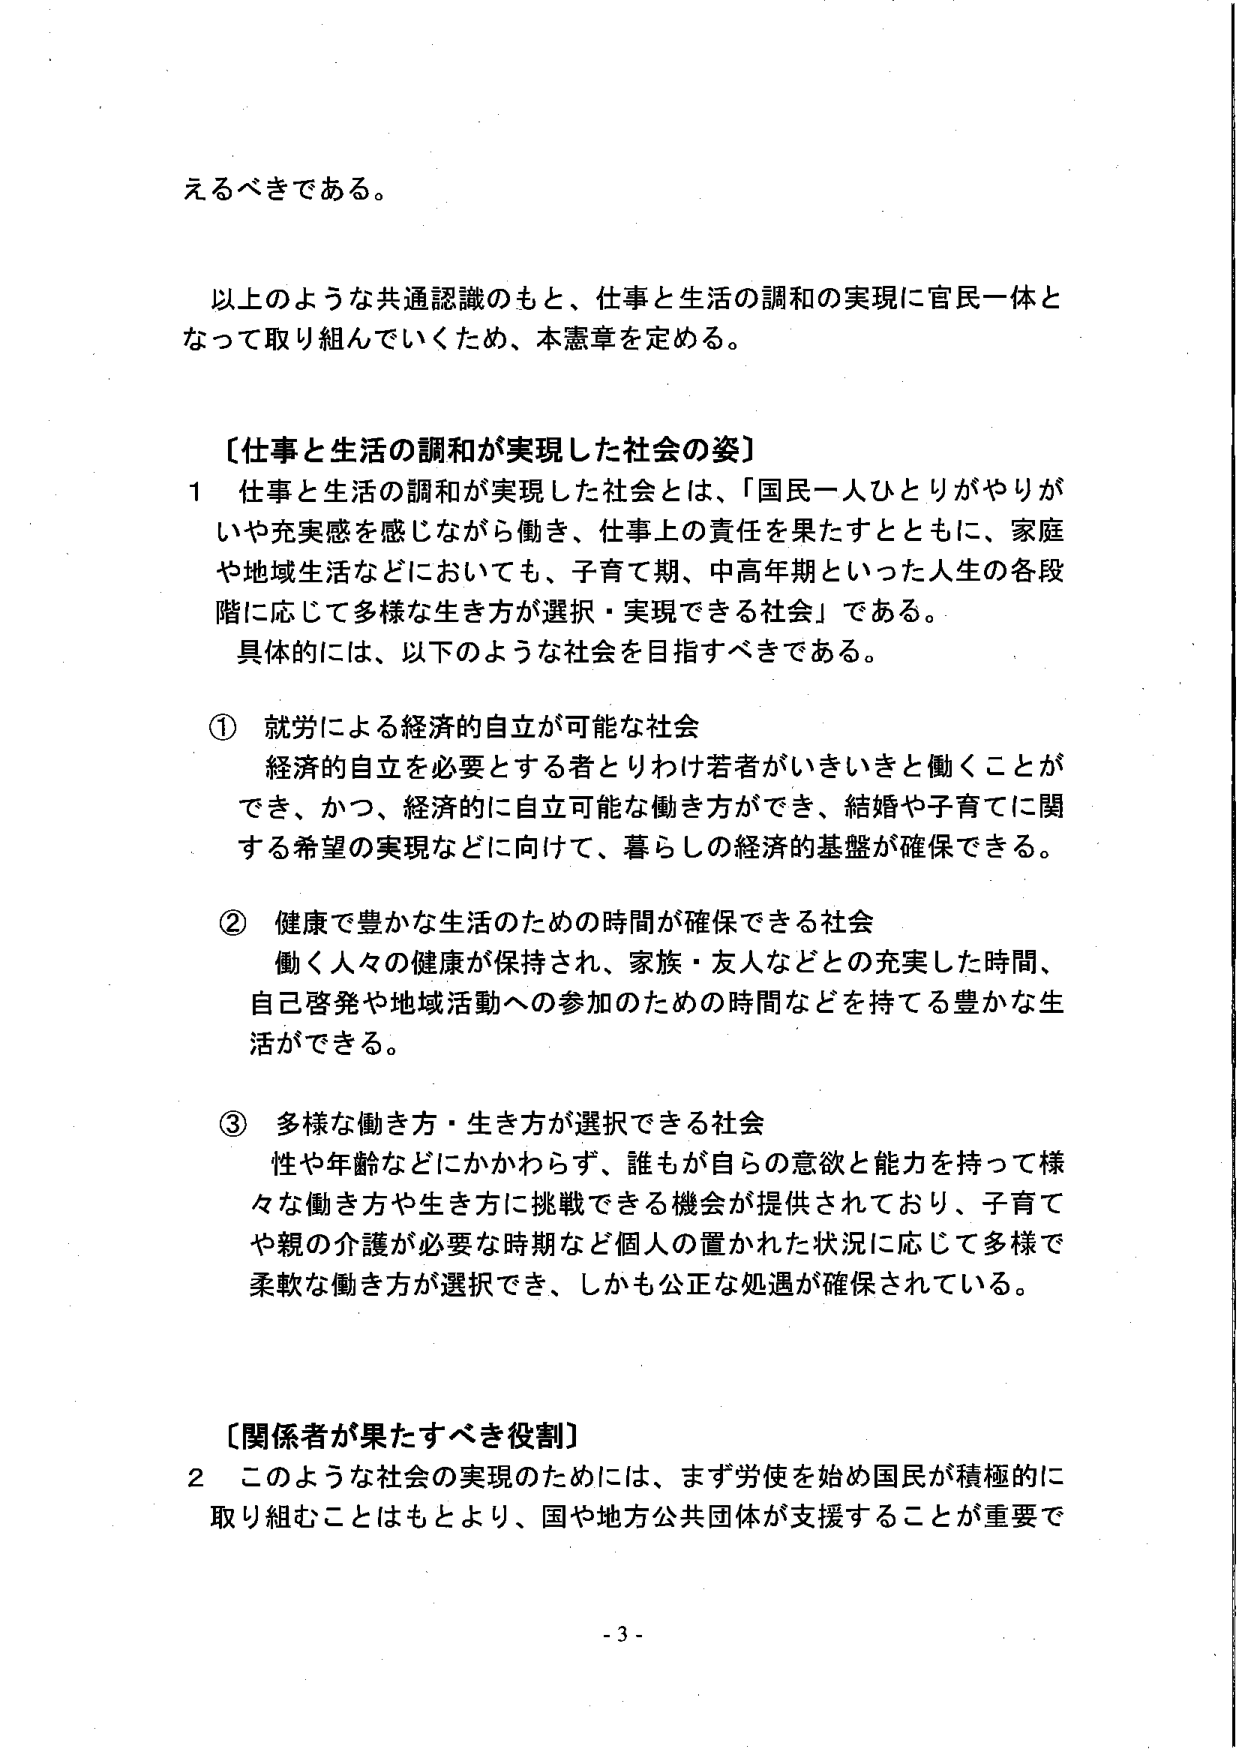
えるべきである。

以上のような共通認識のもと、仕事と生活の調和の実現に官民一体となって取り組んでいくため、本憲章を定める。

〔仕事と生活の調和が実現した社会の姿〕
1 仕事と生活の調和が実現した社会とは、「国民一人ひとりがやりがいや充実感を感じながら働き、仕事上の責任を果たすとともに、家庭や地域生活などにおいても、子育て期、中高年期といった人生の各段階に応じて多様な生き方が選択・実現できる社会」である。
具体的には、以下のような社会を目指すべきである。

① 就労による経済的自立が可能な社会
経済的自立を必要とする者とりわけ若者がいきいきと働くことができ、かつ、経済的に自立可能な働き方ができ、結婚や子育てに関する希望の実現などに向けて、暮らしの経済的基盤が確保できる。

② 健康で豊かな生活のための時間が確保できる社会
働く人々の健康が保持され、家族・友人などとの充実した時間、自己啓発や地域活動への参加のための時間などを持てる豊かな生活ができる。

③ 多様な働き方・生き方が選択できる社会
性や年齢などにかかわらず、誰もが自らの意欲と能力を持って様々な働き方や生き方に挑戦できる機会が提供されており、子育てや親の介護が必要な時期など個人の置かれた状況に応じて多様で柔軟な働き方が選択でき、しかも公正な処遇が確保されている。

〔関係者が果たすべき役割〕
2 このような社会の実現のためには、まず労使を始め国民が積極的に取り組むことはもとより、国や地方公共団体が支援することが重要で

- 3 -